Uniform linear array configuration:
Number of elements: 24
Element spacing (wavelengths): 0.25
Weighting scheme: hamming
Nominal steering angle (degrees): -30
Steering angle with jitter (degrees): -31.687
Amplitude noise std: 0.05
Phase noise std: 0.05

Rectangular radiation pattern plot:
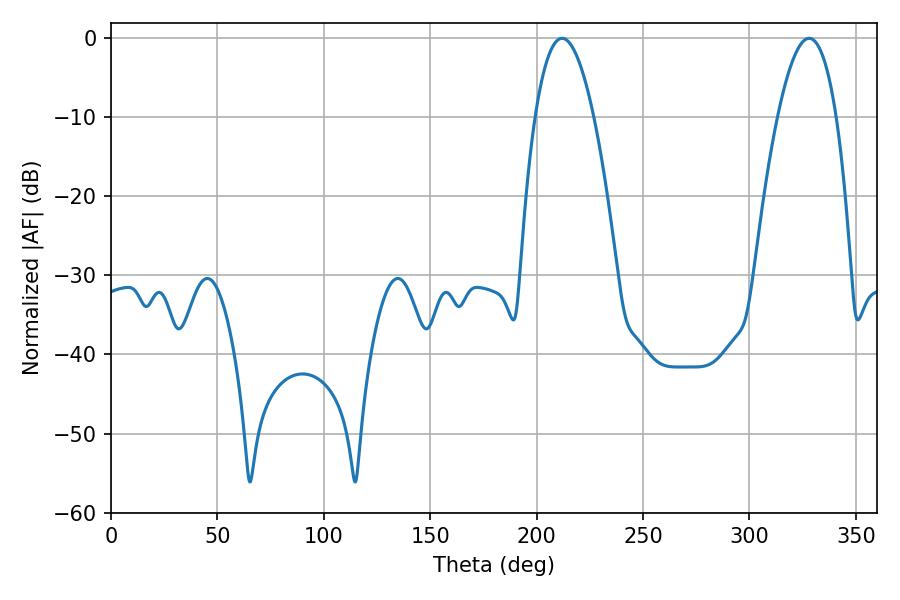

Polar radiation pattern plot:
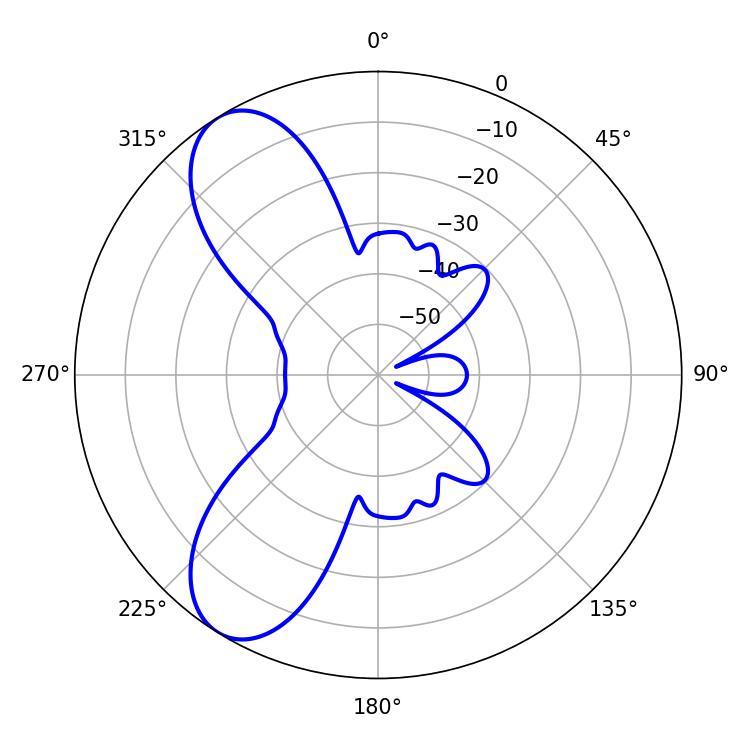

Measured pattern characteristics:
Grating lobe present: FALSE
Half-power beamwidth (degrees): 15.3
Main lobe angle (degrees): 212.04